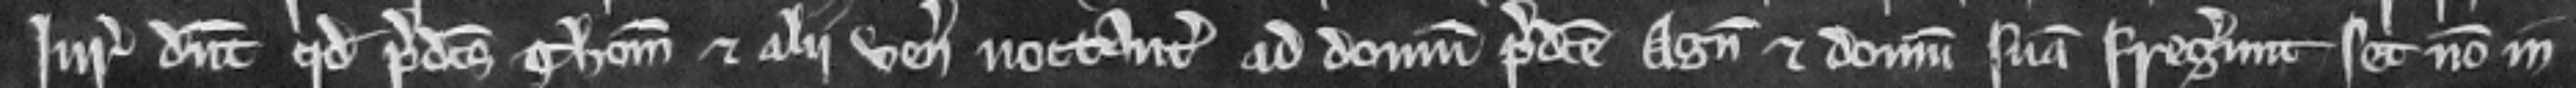
Juratores dicunt quod predictus Thomas et alii venerunt notanter ad domum predicte Agnetis et domum suam fregerunt set non in